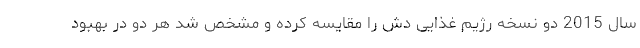
سال 2015 دو نسخه رژیم غذایی دش را مقایسه کرده و مشخص شد هر دو در بهبود